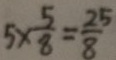
5 \times \frac { 5 } { 8 } = \frac { 2 5 } { 8 }